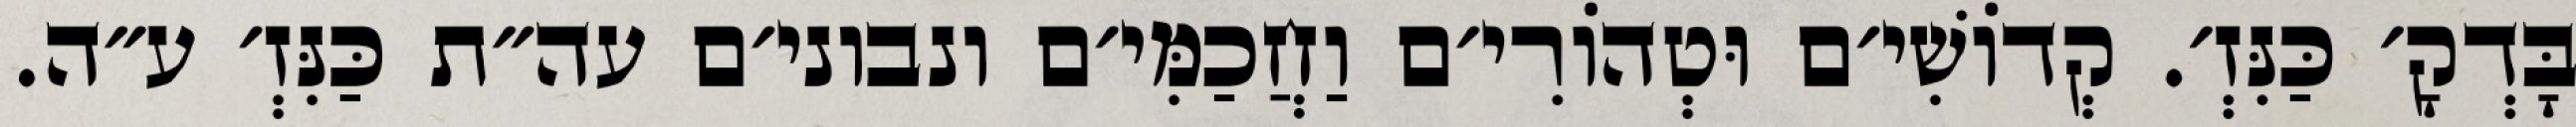
בָּדְקָ׳ כַּנִּזְ׳. קְדוֹשִׁי׳ם וּטְהוֹרִי׳ם וַחֲכַמִּי׳ם ונבוני׳ם עה״ת כַּנִּזְ׳ ע״ה.